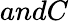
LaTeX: andC